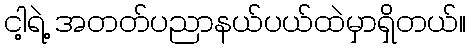
ငါ့ရဲ့ အတတ်ပညာနယ်ပယ်ထဲမှာရှိတယ်။